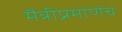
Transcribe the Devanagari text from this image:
मैत्रीप्रमाणेच